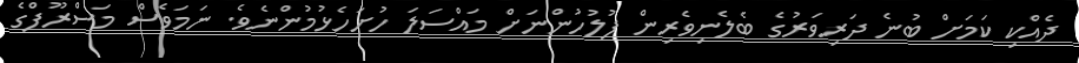
ދެއްކި ކަމަށް ބުނެ ދަރިވަރުގެ ބެލެނިވެރިން ފުލުހުންނަށް މައްސަލަ ހުށަހެޅުމުންނެވެ. ނަމަވެސް މަސްރޫފްގެ